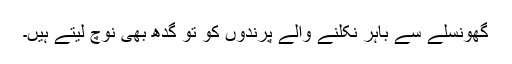
گھونسلے سے باہر نکلنے والے پرندوں کو تو گدھ بھی نوچ لیتے ہیں۔